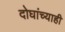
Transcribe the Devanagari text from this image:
दोघांच्‍याही